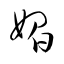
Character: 媚